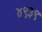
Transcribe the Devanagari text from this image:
४९३९